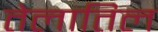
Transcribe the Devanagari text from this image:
तेलातिल